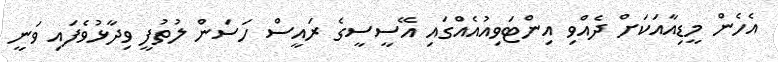
އެހެން މީޑިއާއަކަށް ދެއްވި އިންޓަވިއުއެއްގައި އޭސީސީގެ ރައީސް ހަސަން ލުތުފީ ވިދާޅުވެފައި ވަނީ